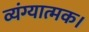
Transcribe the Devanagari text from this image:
व्यंग्यात्मक।